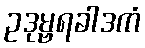
ဥဒုမ္ဗရခါဒကံ